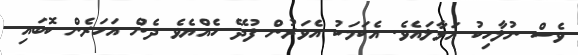
ވެސް ނުލާހިކު އަޅާލައެވެ. އެކަމަކު އެވަރުން ފުދޭ ހެއްޔެވެ ދެން އަހަރެން ކޮބައި